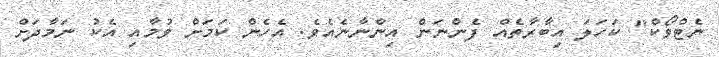
ނެޓްވޯކް" ކަހަލަ އިބާރާތެއް ފެންނަން އިންނާނެއެވެ. އެހެން ކަމަށް ވުމާއި އެކު ނަމާދަށް